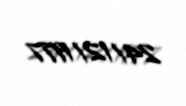
24/12/1977